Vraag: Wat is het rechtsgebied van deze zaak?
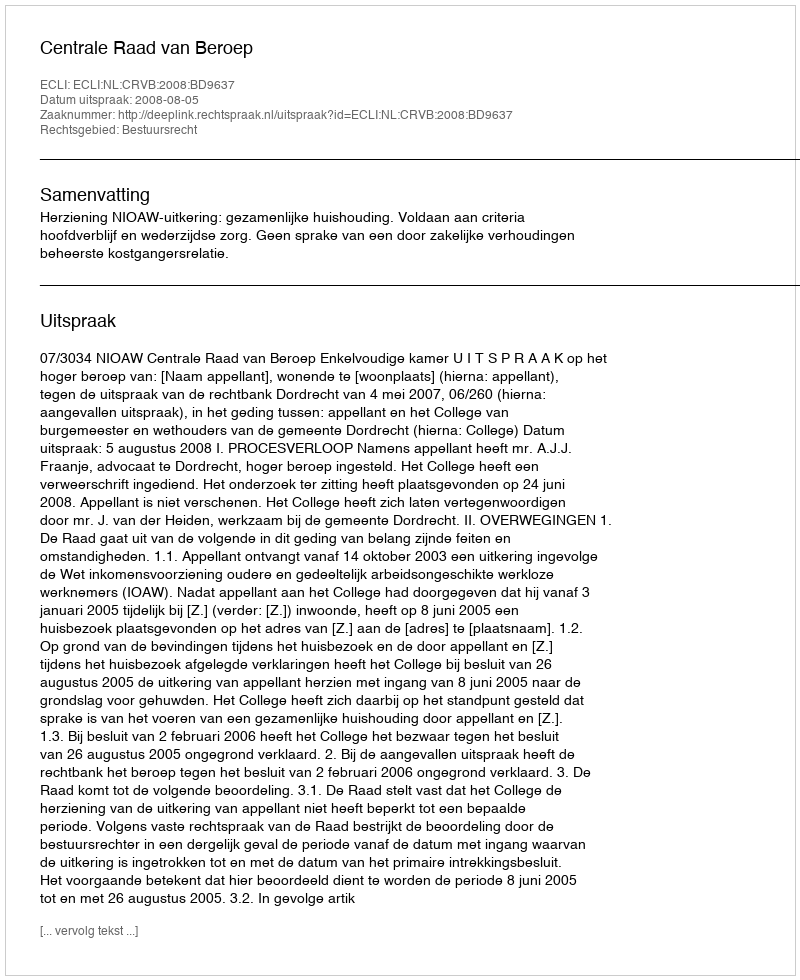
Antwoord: Bestuursrecht